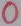
Text: 0